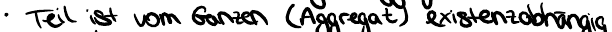
Teil ist vom Ganzen (Aggregat) existenzabhängig